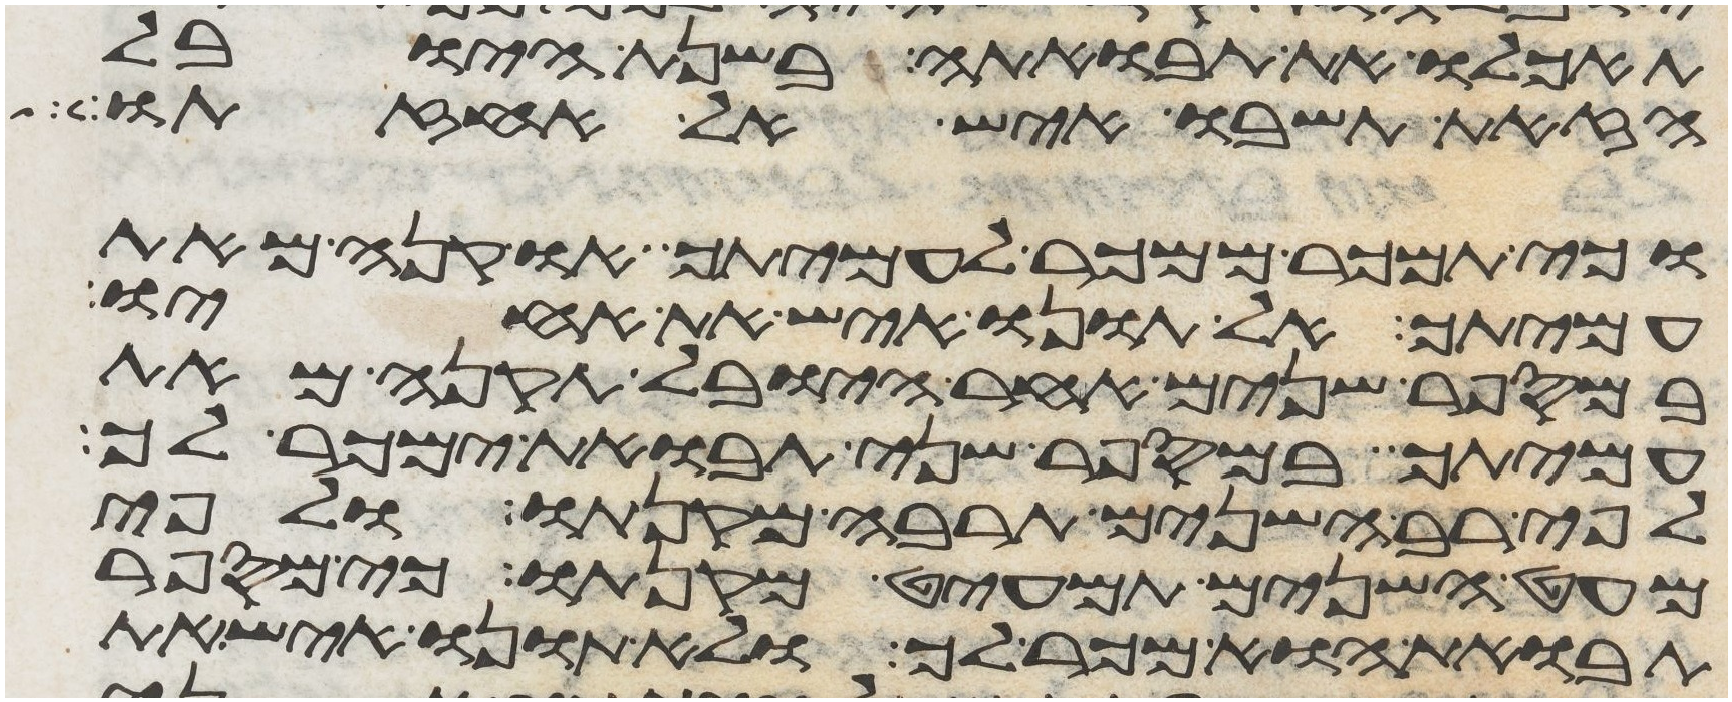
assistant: תאכלו את תבואתה בשנת היובל
הזאת תשובו איש אל אחזתו
וכי תמכר ממכר לעמיתך או קנה מיד
עמיתך אל תונו איש את אחיו
במספר שנים אחר היובל תקנה מאת
עמיתך במספר שני תבואת ימכר לך
לפי רב השנים תרבה מקנתו ולפי
מעט השנים תמעיט מקנתו כי מספר
תבואת הוא מכר לך ולא תונו איש את